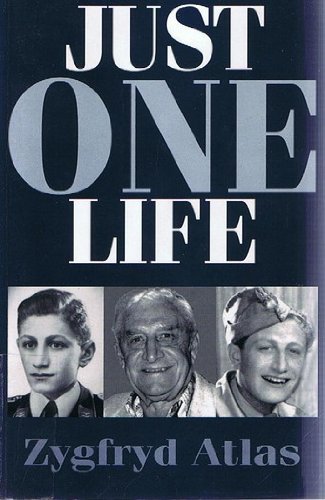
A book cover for Just one life; Zygfryd Atlas; Travel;